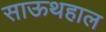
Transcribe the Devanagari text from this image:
साऊथहाल